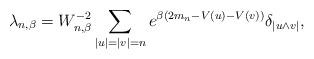
LaTeX: \begin{align*} \lambda_{n,\beta} = W_{n,\beta}^{-2} \sum_{|u|=|v|=n} e^{\beta (2 m_n - V(u)-V(v))} \delta_{|u \wedge v|},\end{align*}